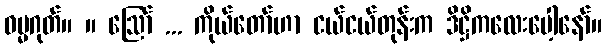
ဓမ္မဂုတ်။ ။ ဩော် ... ကိုယ်တော်ဟာ ငယ်ငယ်တုန်းက ဒိဋ္ဌိကလေးပေါ့နော်။